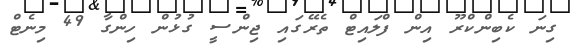
ގިނަ ކެބިންކްރޫ އިން ފްލައިޓް ތެރޭގައި ޖިންސީ ގުޅުން ހިންގާ 49 މިނެޓް